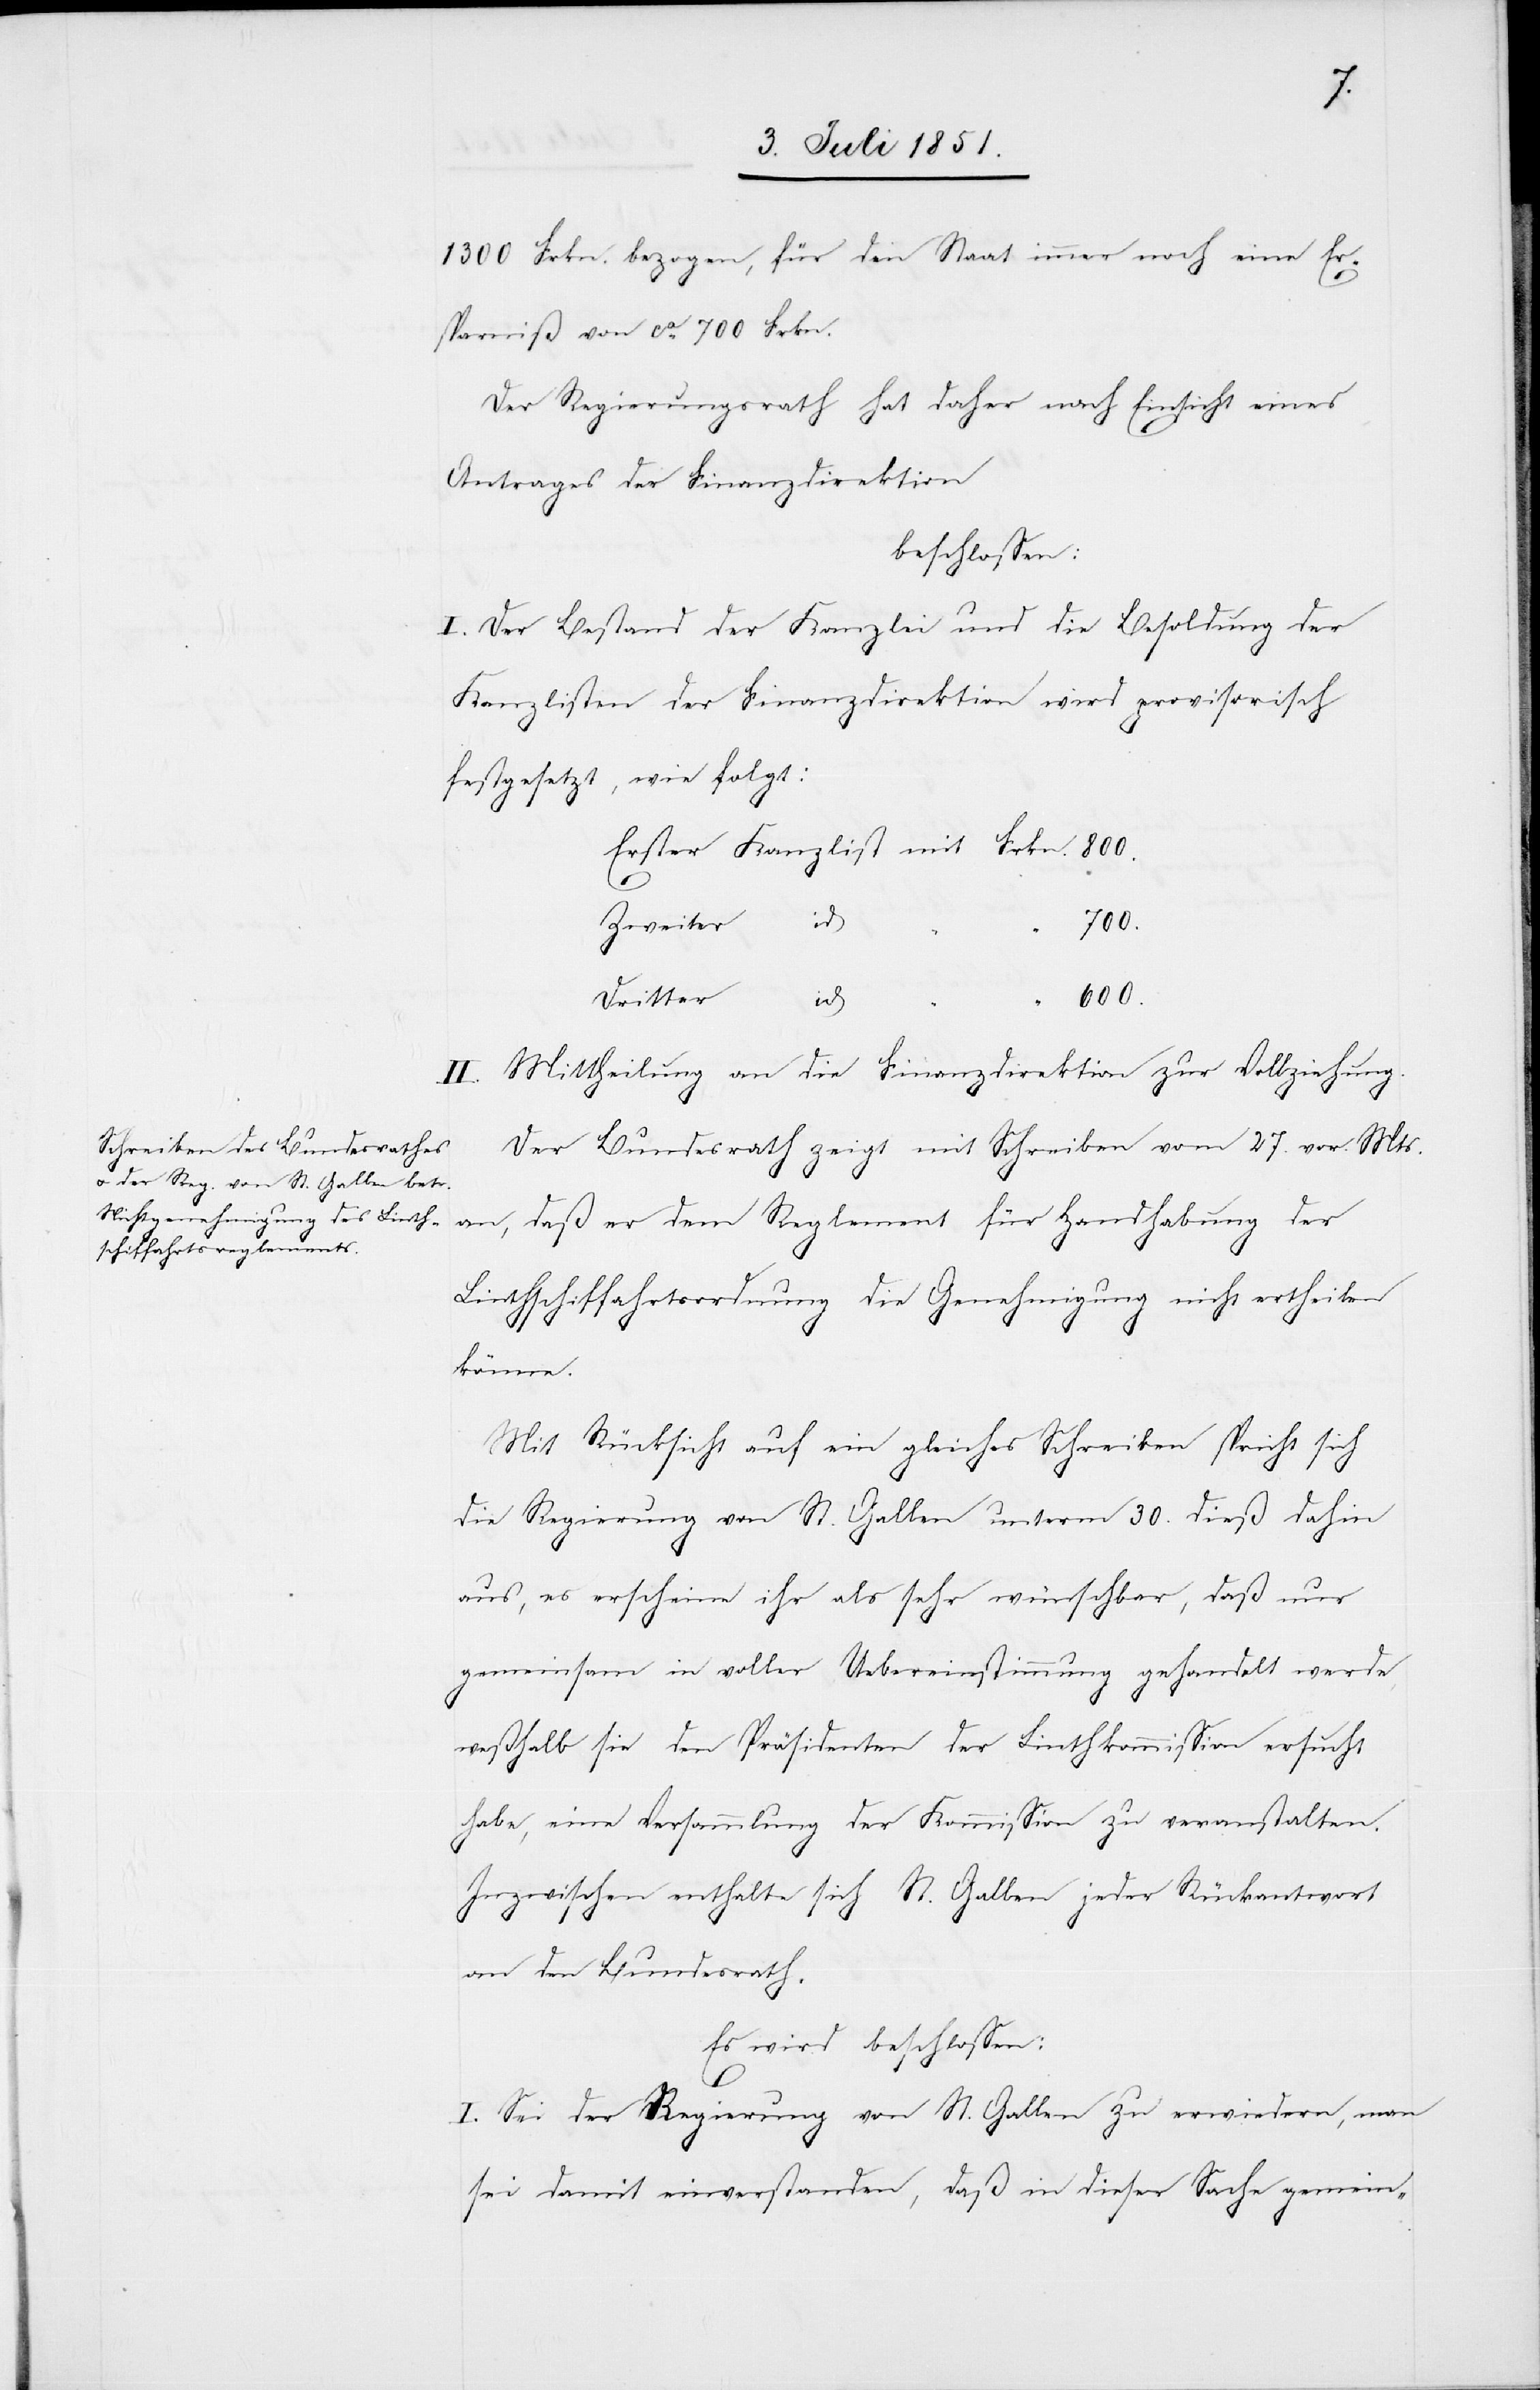
1300 Frkn. bezogen, für den Staat immer noch eine Er¬
sparniß von ca. 700 Frkn.
Der Regierungsrath hat daher nach Einsicht eines
Antrages der Finanzdirektion
beschlossen:
I. Der Bestand der Kanzlei und die Besoldung der
Kanzlisten der Finanzdirektion wird provisorisch
festgesetzt, wie folgt:
id
Zweiter
700.
600.
Dritter
id
II. Mittheilung an die Finanzdirektion zur Vollziehung.
Der Bundesrath zeigt mit Schreiben vom 27 vor. Mts.
an, daß er dem Reglement für Handhabung der
Linthschiffahrtsordnung die Genehmigung nicht ertheilen
könne.
Mit Rücksicht auf ein gleiches Schreiben spricht sich
die Regierung von St. Gallen unterm 30. dieß dahin
aus, es erscheine ihr als sehr wünschbar, daß nur
gemeinsam in voller Uebereinstimmung gehandelt werde,
weßhalb sie den Präsidenten der Linthkommission ersucht
habe, eine Versammlung der Kommission zu veranstalten.
Inzwischen enthalte sich St. Gallen jeder Rückantwort
an den Bundesrath.
Es wird beschlossen:
“
I. Sei der Regierung von St. Gallen zu erwiedern, man
sei damit einverstanden, daß in dieser Sache gemein-